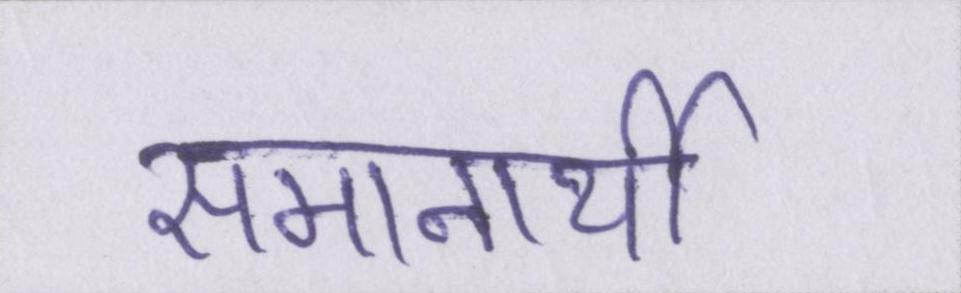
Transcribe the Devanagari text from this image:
समानार्थी